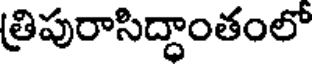
త్రిపురాసిద్ధాంతంలో